Vaccination in Bombay 1913-1923 - 1913-1923
Year: 1913
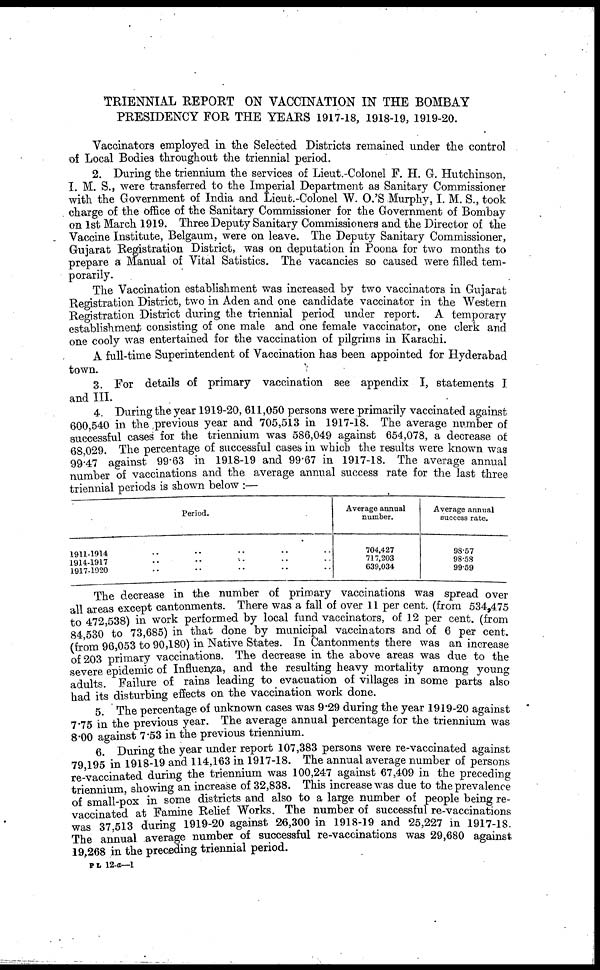
TRIENNIAL REPORT ON VACCINATION IN THE BOMBAY
PRESIDENCY FOR THE YEARS 1917-18, 1918-19, 1919-20.
Vaccinators employed in the Selected Districts remained under the control
of Local Bodies throughout the triennial period.
2. During the triennium the services of Lieut.-Colonel F. H. G. Hutchinson,
I. M. S., were transferred to the Imperial Department as Sanitary Commissioner
with the Government of India and Lieut.-Colonel W. O.'S Murphy, I. M. S., took
charge of the office of the Sanitary Commissioner for the Government of Bombay
on 1st March 1919. Three Deputy Sanitary Commissioners and the Director of the
Vaccine Institute, Belgaum, were on leave. The Deputy Sanitary Commissioner,
Gujarat Registration District, was on deputation in Poona for two months to
prepare a Manual of Vital Satistics. The vacancies so caused were filled tem-
porarily.
The Vaccination establishment was increased by two vaccinators in Gujarat
Registration District, two in Aden and one candidate vaccinator in the Western
Registration District during the triennial period under report. A temporary
establishment consisting of one male and one female vaccinator, one clerk and
one cooly was entertained for the vaccination of pilgrims in Karachi.
A full-time Superintendent of Vaccination has been appointed for Hyderabad
town.
3. For details of primary vaccination see appendix I, statements I
and III.
4. During the year 1919-20, 611,050 persons were primarily vaccinated against
600,540 in the previous year and 705,513 in 1917-18. The average number of
successful cases for the triennium was 586,049 against 654,078, a decrease of
68,029. The percentage of successful cases in which the results were known was
99.47 against 99.63 in 1918-19 and 99.67 in 1917-18. The average annual
number of vaccinations and the average annual success rate for the last three
triennial periods is shown below :—
Period.
1911-1914 .. .. .. .. ..
1914-1917 .. .. .. .. ..
1917-1920 .. .. .. .. ..
Average annual
number.
704,427
717,203
639,034
Average annual
success rate.
98.57
98.58
99.59
The decrease in the number of primary vaccinations was spread over
all areas except cantonments. There was a fall of over 11 per cent. (from 534,475
to 472,538) in work performed by local fund vaccinators, of 12 per cent. (from
84,530 to 73,685) in that done by municipal vaccinators and of 6 per cent.
(from 96,053 to 90,180) in Native States. In Cantonments there was an increase
of 203 primary vaccinations. The decrease in the above areas was due to the
severe epidemic of Influenza, and the resulting heavy mortality among young
adults. Failure of rains leading to evacuation of villages in some parts also
had its disturbing effects on the vaccination work done.
5. The percentage of unknown cases was 9.29 during the year 1919-20 against
7.75 in the previous year. The average annual percentage for the triennium was
8.00 against 7.53 in the previous triennium.
6. During the year under report 107,383 persons were re-vaccinated against
79,195 in 1918-19 and 114,163 in 1917-18. The annual average number of persons
re-vaccinated during the triennium was 100,247 against 67,409 in the preceding
triennium, showing an increase of 32,838. This increase was due to the prevalence
of small-pox in some districts and also to a large number of people being re-
vaccinated at Famine Relief Works. The number of successful re-vaccinations
was 37,513 during 1919-20 against 26,300 in 1918-19 and 25,227 in 1917-18.
The annual average number of successful re-vaccinations was 29,680 against
19,268 in the preceding triennial period.
P L 12-a—1